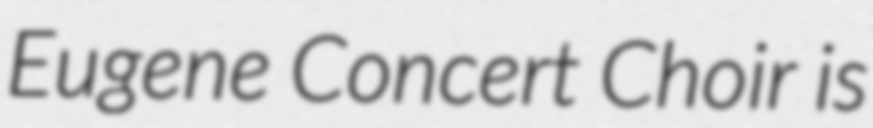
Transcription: Eugene Concert Choir is